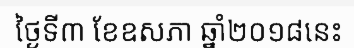
ថ្ងៃទី៣ ខែឧសភា ឆ្នាំ២០១៨នេះ